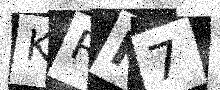
Text: KRK7